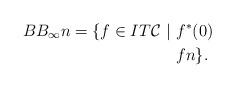
LaTeX: \begin{align*}BB_{\infty}n =\{f \in IT\mathcal{C}\ |\ & f^{*}(0) \\ & f n \}.\end{align*}